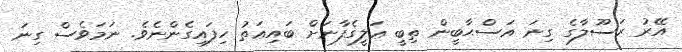
އޭރު ރަސޫލާގެ ގިނަ އަސްޙާބީން ތިބީ ޢަލީގެފާނަށް ބައިޢަތު ހިފައިގެންނެވެ. ނަމަވެސް ގިނަ